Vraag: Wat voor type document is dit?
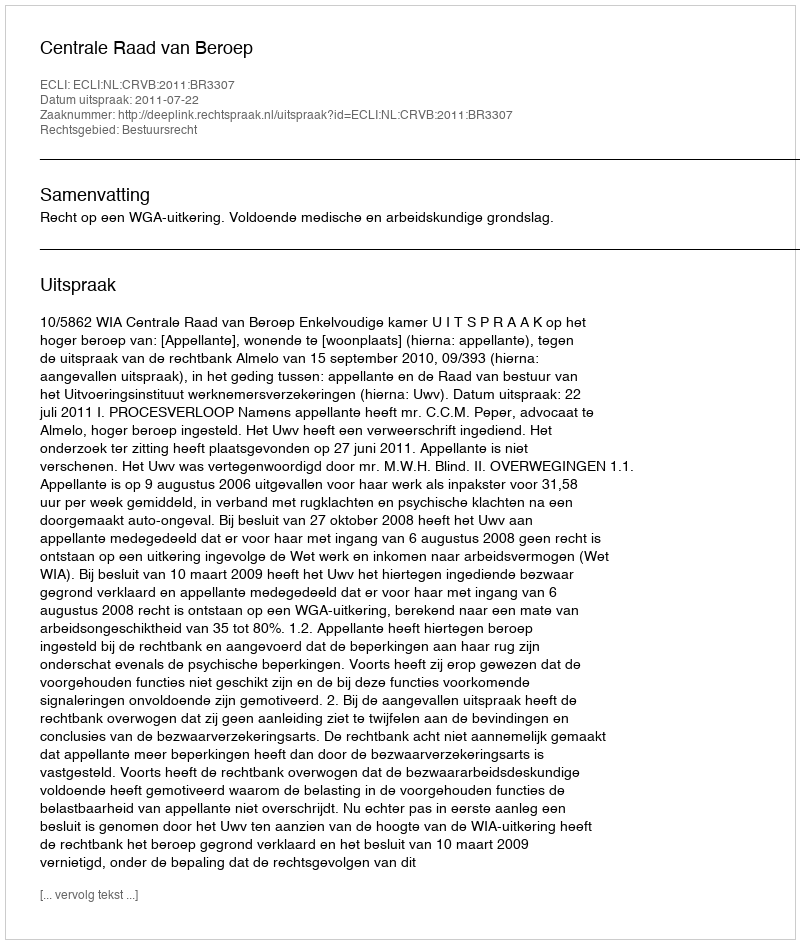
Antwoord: Uitspraak